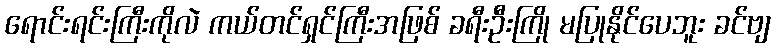
ရောင်းရင်းကြီးကိုလဲ ကယ်တင်ရှင်ကြီးအဖြစ် ခရီးဦးကြို မပြုနိုင်ပေဘူး ခင်ဗျ